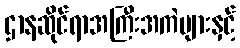
ဌာနဆိုင်ရာအကြီးအကဲများနှင့်